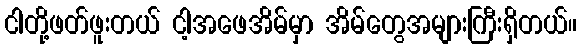
ငါတို့ဖတ်ဖူးတယ် ငါ့အဖေအိမ်မှာ အိမ်တွေအများကြီးရှိတယ်။